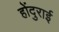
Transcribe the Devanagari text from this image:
होंदुराई